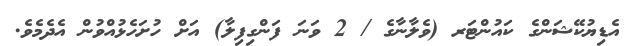
އެޑިޔުކޭޝަންގެ ކައުންޓަރ (ވެލާނާގެ / 2 ވަނަ ފަންގިފިލާ) އަށް ހުށަހެޅުއްވުން އެދެމެވެ.